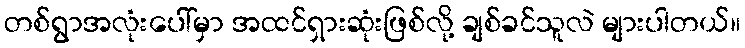
တစ်ရွာအလုံးပေါ်မှာ အထင်ရှားဆုံးဖြစ်လို့ ချစ်ခင်သူလဲ များပါတယ်။